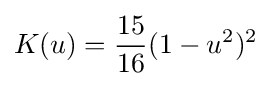
K(u)={\frac {15}{16}}(1-u^{2})^{2}